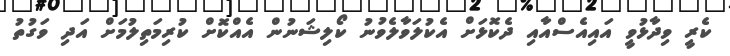
ކެރީ ވިދާޅުވީ އައިއެސްއާއި ދެކޮޅަށް އެކުލަވާލެވުނު ކޯލިޝަނުން އެއްކޮށް ކުރިމަތިލުމަށް އަދި ވަގުތު